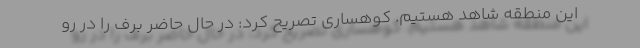
این منطقه شاهد هستیم. کوهساری تصریح کرد: در حال حاضر برف را در رو